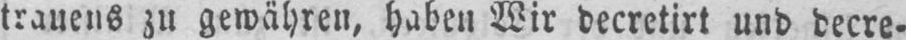
trauens zu gewähren, haben Wir decretirt und decre⸗